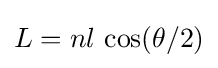
L=nl\,\cos(\theta /2)